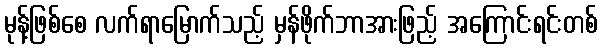
မုန့်ဖြစ်စေ လက်ရာမြောက်သည့် မှန်ဖိုက်ဘာအားဖြည့် အကြောင်းရင်းတစ်